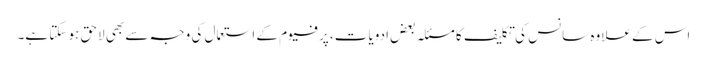
اس کے علاوہ سانس کی تکلیف کا مسئلہ بعض ادویات، پرفیوم کے استعمال کی وجہ سے بھی لاحق ہو سکتا ہے۔